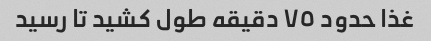
غذا حدود ٧٥ دقیقه طول کشید تا رسید